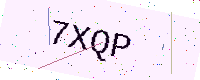
Text: 7XQP